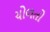
ચોળતો